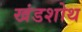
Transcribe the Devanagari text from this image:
खंडशोथ